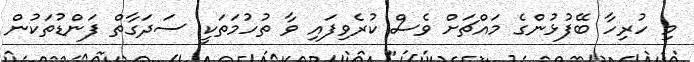
މި ހުރިހާ ބޭފުޅުންގެ މައްޗަށް ވެސް ކުރެވިފައި ވާ ތުހުމަތަކީ ސަދަގާތް ފަންޑުތަކުން